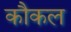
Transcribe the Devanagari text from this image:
कौकल